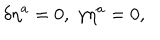
\delta \eta ^ { a } = 0 , \; \gamma \eta ^ { a } = 0 ,